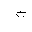
Letter: _ha